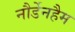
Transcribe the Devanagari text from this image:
नौर्डेनहैम